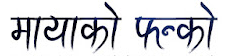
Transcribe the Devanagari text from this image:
मायाको फन्को